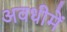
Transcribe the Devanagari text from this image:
अवधीमें